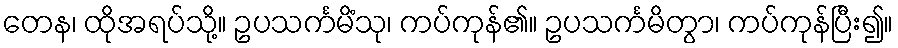
တေန၊ ထိုအရပ်သို့။ ဥပသင်္ကမိံသု၊ ကပ်ကုန်၏။ ဥပသင်္ကမိတွာ၊ ကပ်ကုန်ပြီး၍။